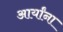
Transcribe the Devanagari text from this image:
आर्यांना